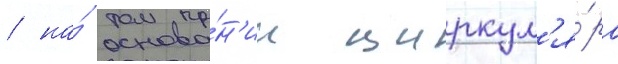
/ на́ основа́н'ии циркул'я́ра